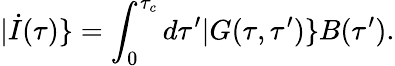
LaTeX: |\dot{I}(\tau)\} =\int_{0}^{\tau_{c}}d\tau^{\prime}|G(\tau,\tau^{\prime})\} B(\tau^{\prime}).